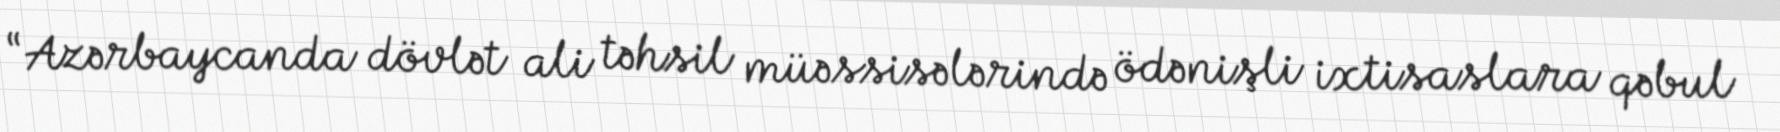
“Azərbaycanda dövlət ali təhsil müəssisələrində ödənişli ixtisaslara qəbul